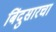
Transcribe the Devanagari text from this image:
बिंदुसारचा